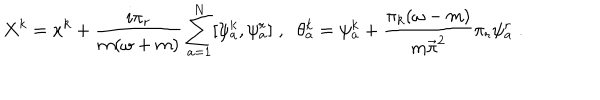
X ^ { k } = x ^ { k } + \frac { i \pi _ { r } } { m ( \omega + m ) } \sum _ { a = 1 } ^ { N } [ \psi _ { a } ^ { k } , \psi _ { a } ^ { r } ] \; , \; \; \theta _ { a } ^ { k } = \psi _ { a } ^ { k } + \frac { \pi _ { k } ( \omega - m ) } { { m \vec { \pi } } ^ { 2 } } \pi _ { r } \psi _ { a } ^ { r } \; .